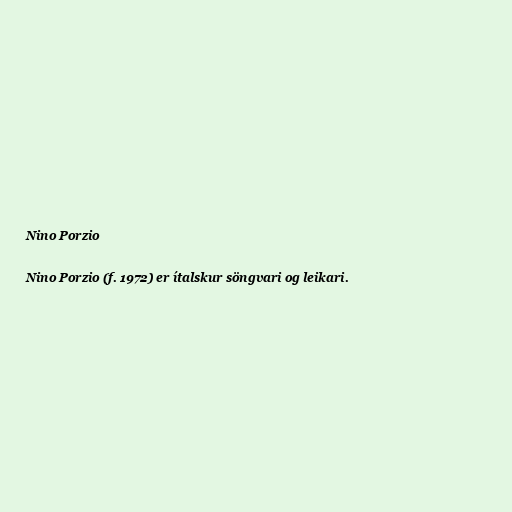
Nino Porzio

Nino Porzio (f. 1972) er ítalskur söngvari og leikari.